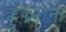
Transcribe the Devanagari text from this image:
क्रुझरांना